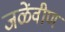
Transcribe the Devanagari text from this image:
जळेंवीण